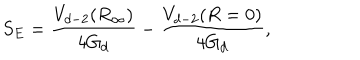
S _ { E } = \frac { V _ { d - 2 } ( R _ { \infty } ) } { 4 G _ { d } } - \frac { V _ { d - 2 } ( R = 0 ) } { 4 G _ { d } } ,